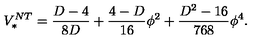
V _ { * } ^ { N T } = \frac { D - 4 } { 8 D } + \frac { 4 - D } { 1 6 } \phi ^ { 2 } + \frac { D ^ { 2 } - 1 6 } { 7 6 8 } \phi ^ { 4 } .